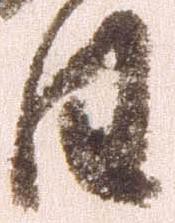
日